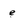
Character: e